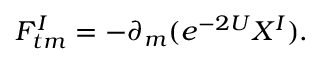
F _ { t m } ^ { I } = - \partial _ { m } ( e ^ { - 2 U } X ^ { I } ) .